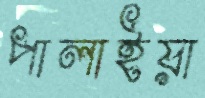
পালাইয়া